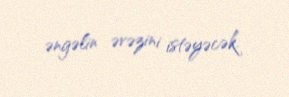
əngəlin əvəzini istəyəcək.